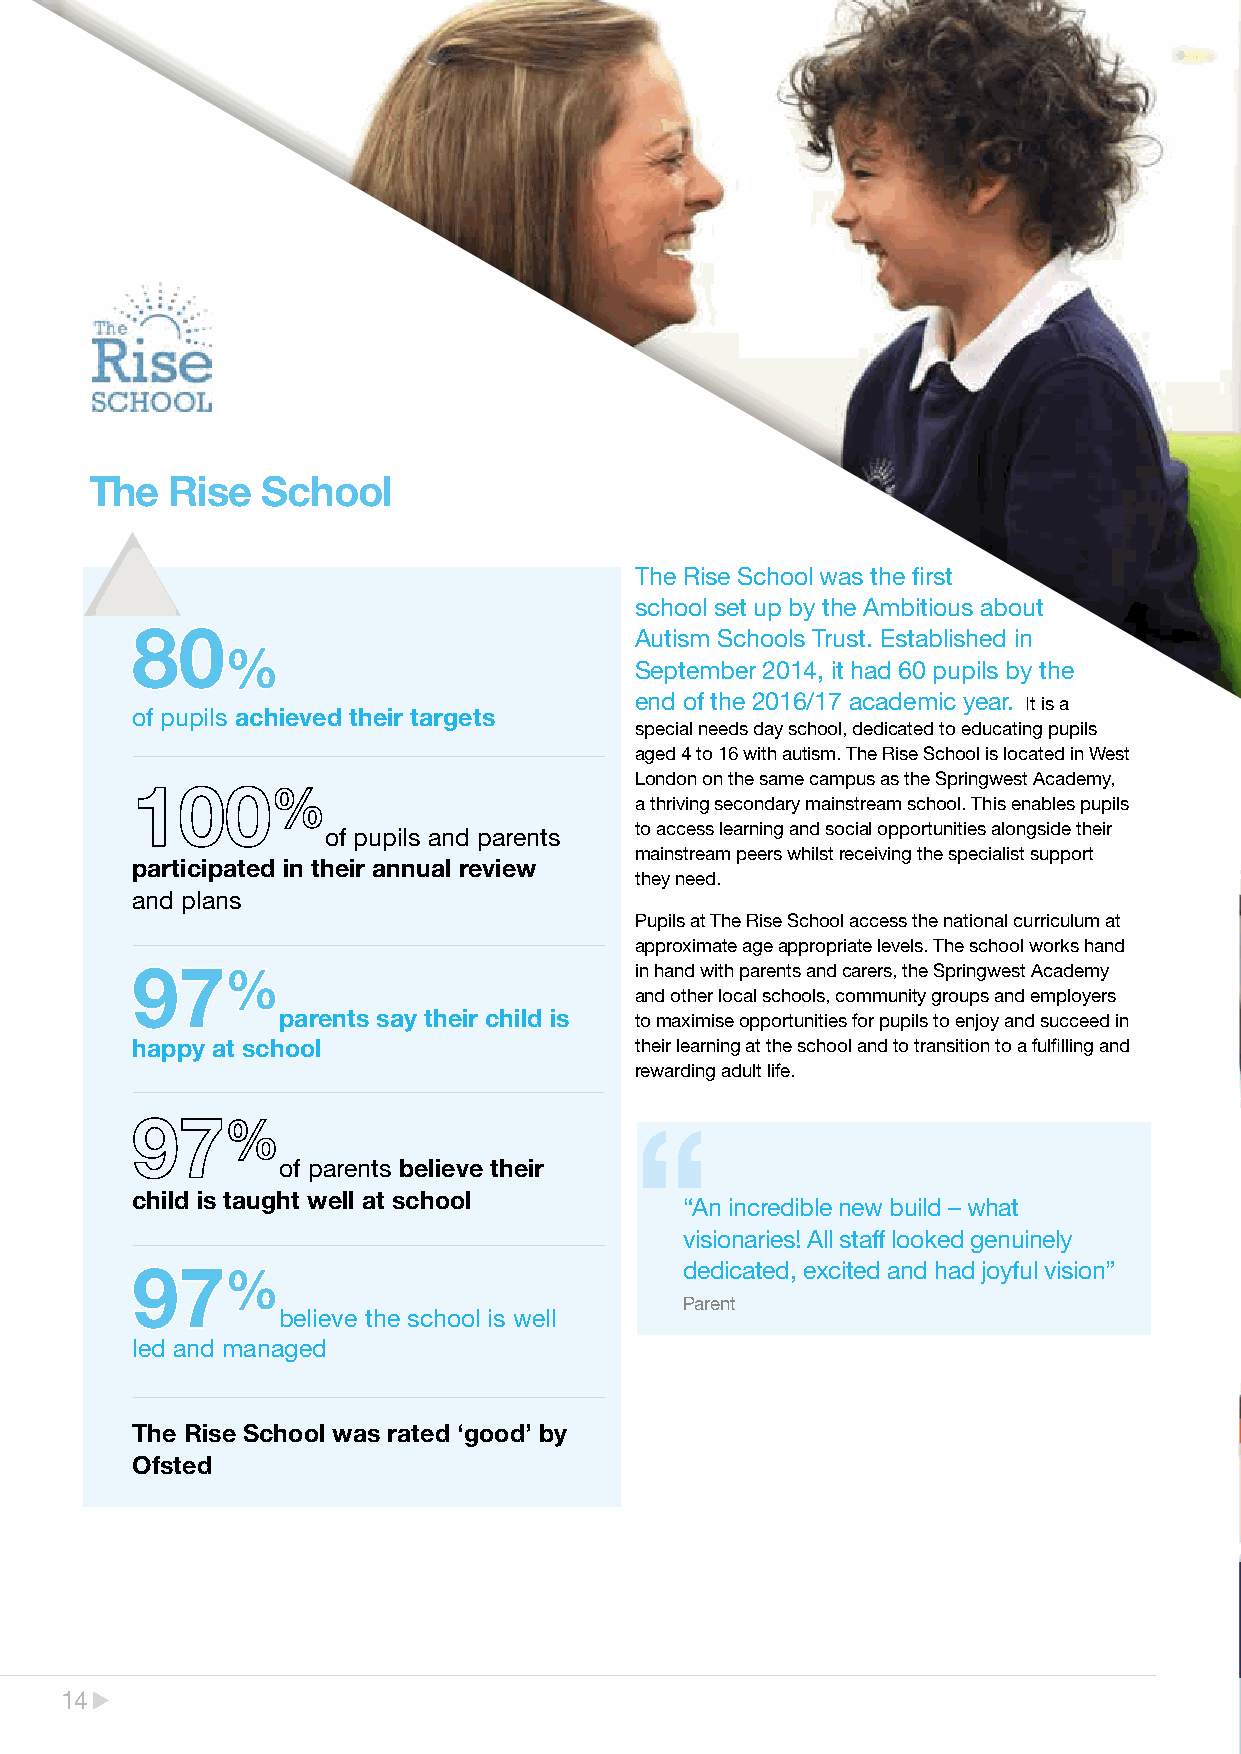
The  Rise  School
 The Rise School was the first
 school set up by the Ambitious about
 80                               Autism Schools Trust. Established in
 %
 September 2014, it had 60 pupils by the
 end of the 2016/17 academic year. It is a
 of pupils achieved their targets
 special needs day school, dedicated to educating pupils
 aged 4 to 16 with autism. The Rise School is located in West
 London on the same campus as the Springwest Academy,
 a thriving secondary mainstream school. This enables pupils
 of pupils and parents to access learning and social opportunities alongside their
 mainstream peers whilst receiving the specialist support
 participated in their annual review
 they need.
 and plans
 Pupils at The Rise School access the national curriculum at
 approximate age appropriate levels. The school works hand
 97%                              in hand with parents and carers, the Springwest Academy
 and other local schools, community groups and employers
 parents say their child is to maximise opportunities for pupils to enjoy and succeed in
 happy at school                  their learning at the school and to transition to a fulfilling and
 rewarding adult life.
 of parents believe their
 child is taught well at school
 “An incredible new build – what
 visionaries! All staff looked genuinely
 97%                                 dedicated, excited and had joyful vision”
 Parent
 believe the school is well
 led and managed
 The Rise School was rated ‘good’ by
 Ofsted
 1144